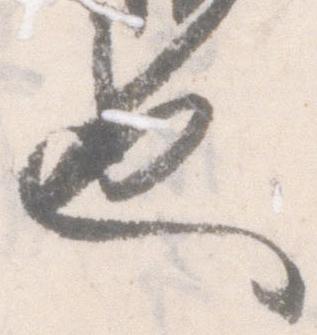
也